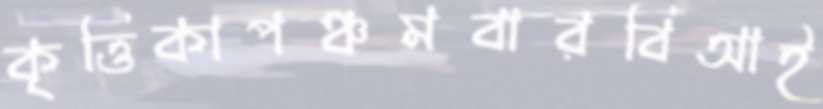
কৃত্তিকাপঞ্চমবারবিআই